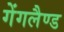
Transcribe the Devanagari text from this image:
गेंगलैण्ड